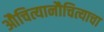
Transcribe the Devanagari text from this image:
औचित्यानौचित्याचा